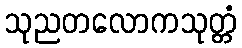
သုညတလောကသုတ္တံ